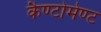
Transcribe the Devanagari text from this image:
कैण्‍टोमेण्‍ट